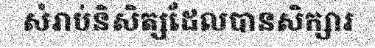
សំរាប់និសិត្សដែលបានសិក្សារ